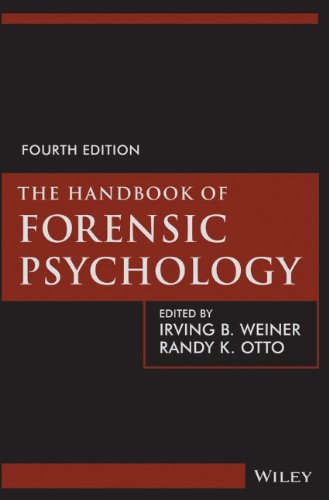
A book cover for The Handbook of Forensic Psychology; Irving B. Weiner; Medical Books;